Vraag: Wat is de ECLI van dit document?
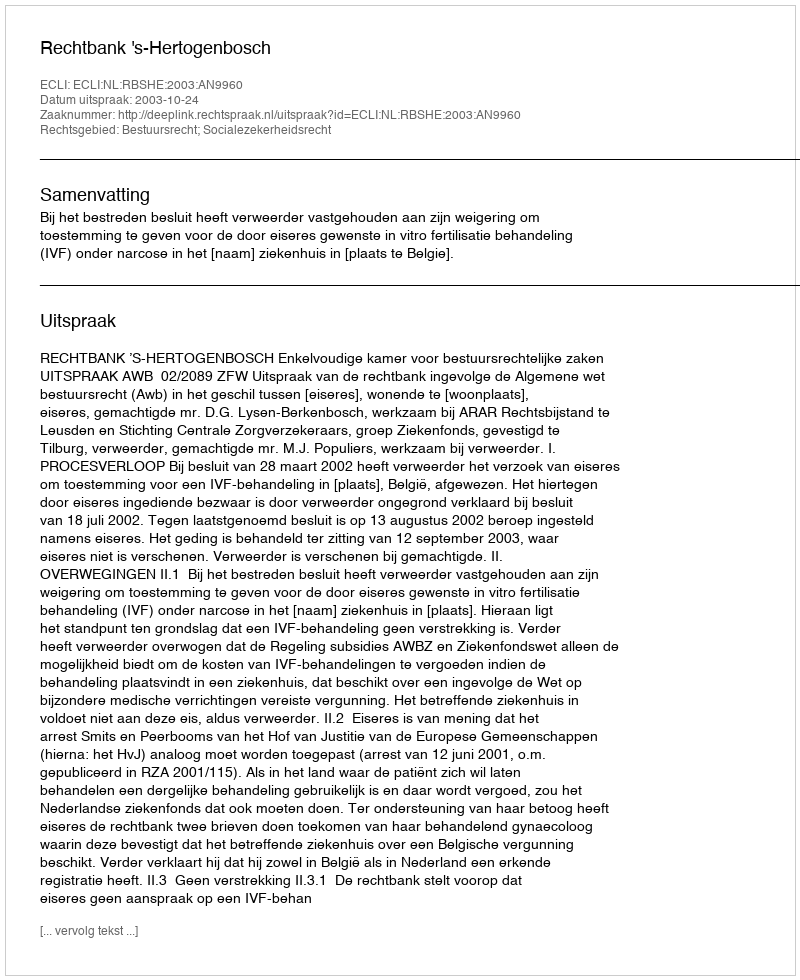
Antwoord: ECLI:NL:RBSHE:2003:AN9960